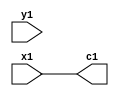
module alufirst(
   input [5:0] x1,y1,
   output [5:0] c1
    );
   assign c1 = x1;  //we want the output A
endmodule